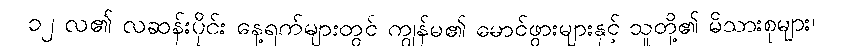
၁၂ လ၏ လဆန်းပိုင်း နေ့ရက်များတွင် ကျွန်မ၏ မောင်ဖွားများနှင့် သူတို့၏ မိသားစုများ၊